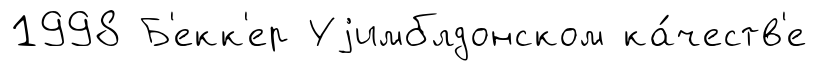
1998 Б'екк'ер Уjимблдонском ка́честв'е